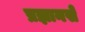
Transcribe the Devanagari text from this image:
प्रज्ञानसे